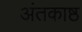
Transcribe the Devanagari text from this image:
अंतकाष्ठ